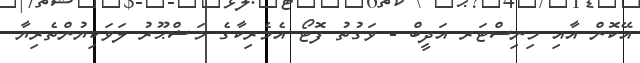
އޭކޮން އާއި މިނިސްޓަރ އަދީބް - ވަގުތު ފޮޓޯ އެމެރިކާގެ މަޝްޙޫރު ލަވަކިޔުންތެރިޔާ